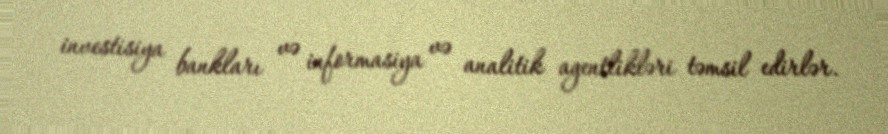
investisiya bankları və informasiya və analitik agentlikləri təmsil edirlər.